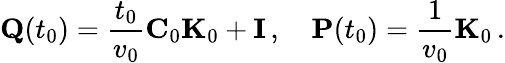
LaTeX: {\mathbf Q}(t_{0})=\frac{t_{0}}{v_{0}}{\mathbf C}_{0}{\mathbf K}_{0}+{\mathbf I}\, ,\quad{\mathbf P}(t_{0})=\frac{1}{v_{0}}{\mathbf K}_{0}\, .